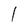
Character: 1